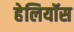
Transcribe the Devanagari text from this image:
हेलियॉस